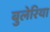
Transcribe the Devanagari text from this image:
बुलेरिया